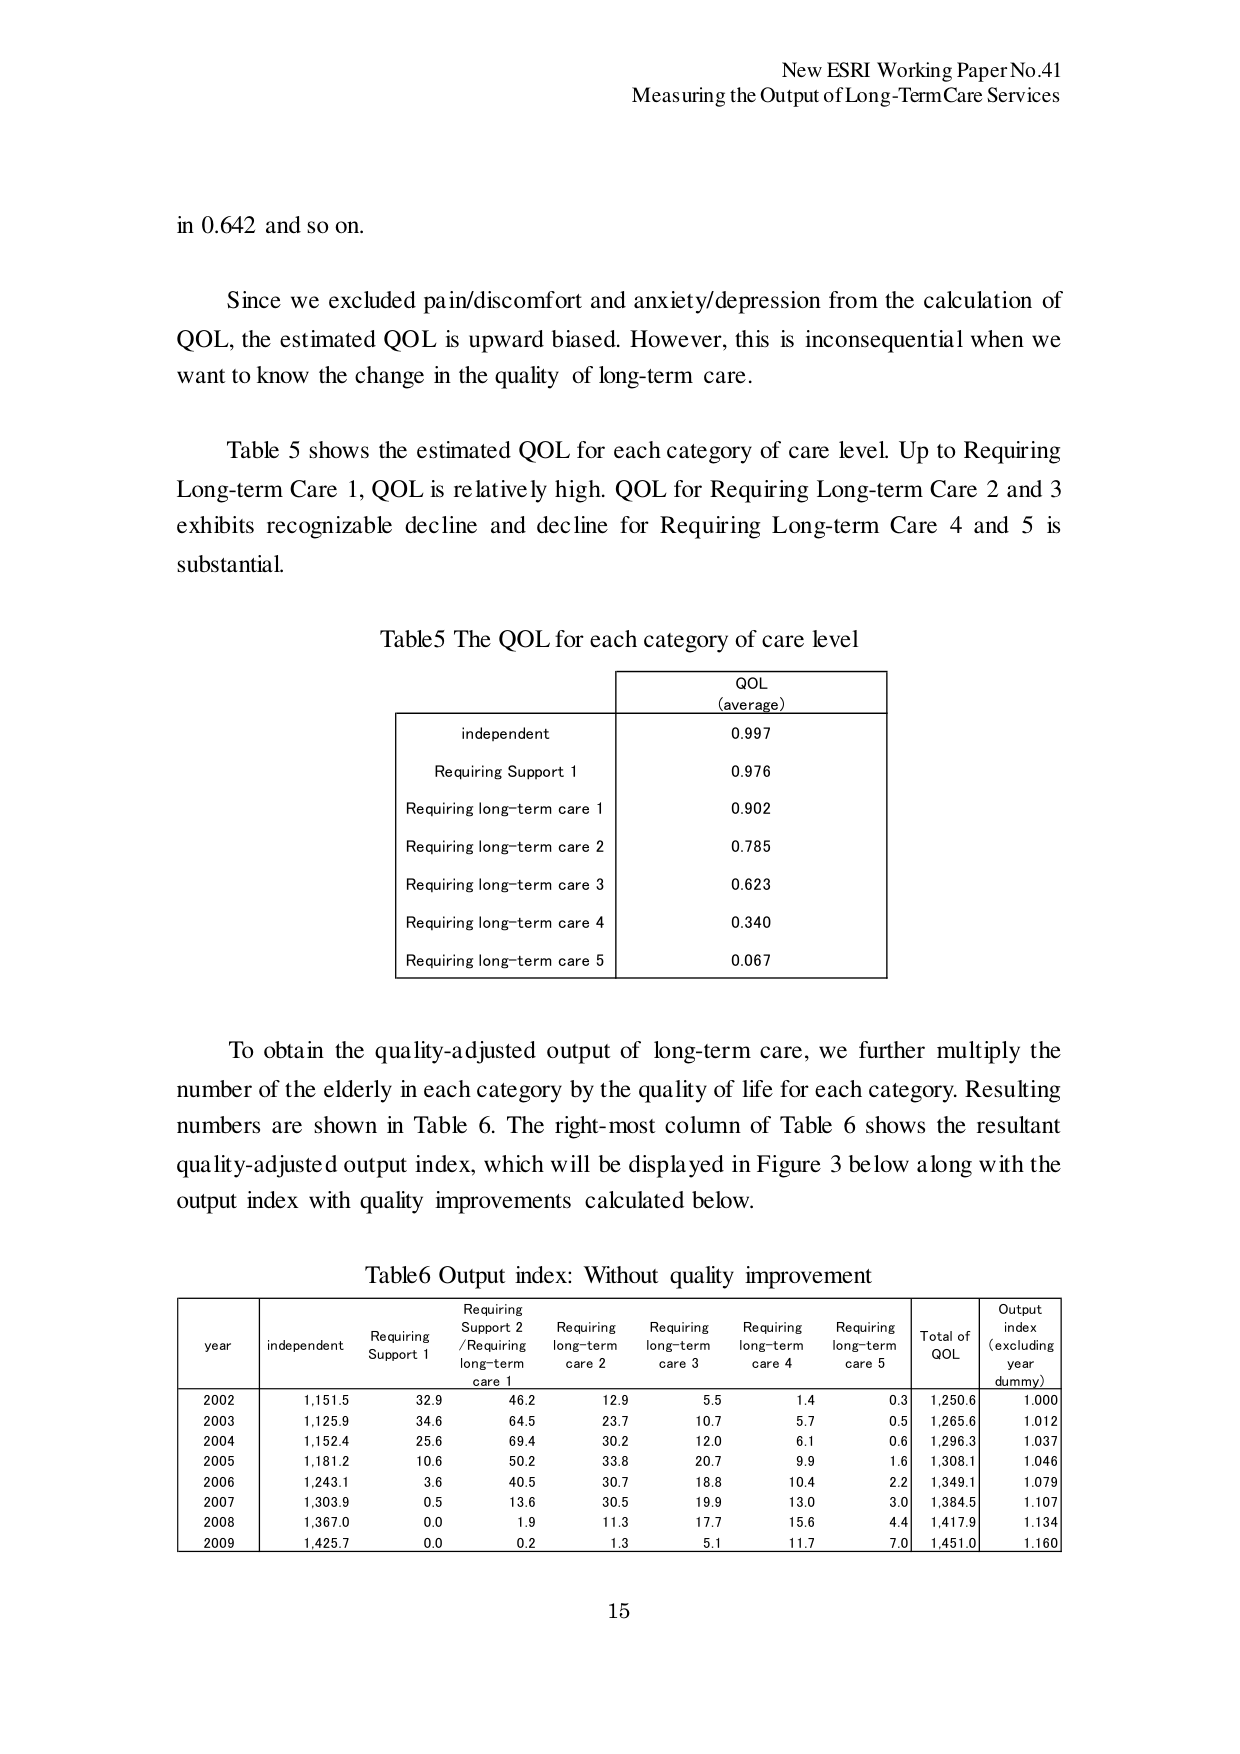
New ESRI Working Paper No.41
Measuring the Output of Long-Term Care Services

in 0.642 and so on.

Since we excluded pain/discomfort and anxiety/depression from the calculation of QOL, the estimated QOL is upward biased. However, this is inconsequential when we want to know the change in the quality of long-term care.

Table 5 shows the estimated QOL for each category of care level. Up to Requiring Long-term Care 1, QOL is relatively high. QOL for Requiring Long-term Care 2 and 3 exhibits recognizable decline and decline for Requiring Long-term Care 4 and 5 is substantial.

Table5 The QOL for each category of care level

| | QOL (average) |
|---|---|
| independent | 0.997 |
| Requiring Support 1 | 0.976 |
| Requiring long-term care 1 | 0.902 |
| Requiring long-term care 2 | 0.785 |
| Requiring long-term care 3 | 0.623 |
| Requiring long-term care 4 | 0.340 |
| Requiring long-term care 5 | 0.067 |

To obtain the quality-adjusted output of long-term care, we further multiply the number of the elderly in each category by the quality of life for each category. Resulting numbers are shown in Table 6. The right-most column of Table 6 shows the resultant quality-adjusted output index, which will be displayed in Figure 3 below along with the output index with quality improvements calculated below.

Table6 Output index: Without quality improvement

| year | independent | Requiring Support 1 | Requiring Support 2 / Requiring long-term care 1 | Requiring long-term care 2 | Requiring long-term care 3 | Requiring long-term care 4 | Requiring long-term care 5 | Total of QOL | Output index (excluding year dummy) |
|---|---|---|---|---|---|---|---|---|---|
| 2002 | 1,151.5 | 32.9 | 46.2 | 12.9 | 5.5 | 1.4 | 0.3 | 1,250.6 | 1.000 |
| 2003 | 1,125.9 | 34.6 | 64.5 | 23.7 | 10.7 | 5.7 | 0.5 | 1,265.6 | 1.012 |
| 2004 | 1,152.4 | 25.6 | 69.4 | 30.2 | 12.0 | 6.1 | 0.6 | 1,296.3 | 1.037 |
| 2005 | 1,181.2 | 10.6 | 50.2 | 33.8 | 20.7 | 9.9 | 1.6 | 1,308.1 | 1.046 |
| 2006 | 1,243.1 | 3.6 | 40.5 | 30.7 | 18.8 | 10.4 | 2.2 | 1,349.1 | 1.079 |
| 2007 | 1,303.9 | 0.5 | 13.6 | 30.5 | 19.9 | 13.0 | 3.0 | 1,384.5 | 1.107 |
| 2008 | 1,367.0 | 0.0 | 1.9 | 11.3 | 17.7 | 15.6 | 4.4 | 1,417.9 | 1.134 |
| 2009 | 1,425.7 | 0.0 | 0.2 | 1.3 | 5.1 | 11.7 | 7.0 | 1,451.0 | 1.160 |

15